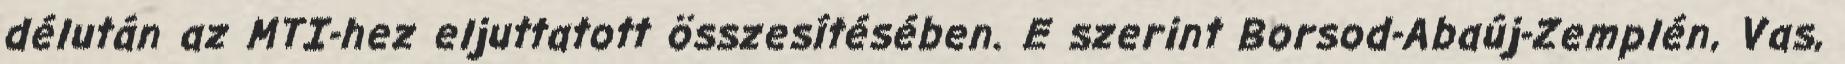
délután az MTI-hez eljuttatott összesítésében. E szerint Borsod-Abaúj-Zemplén, Vas,